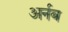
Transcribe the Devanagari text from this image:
अर्नब